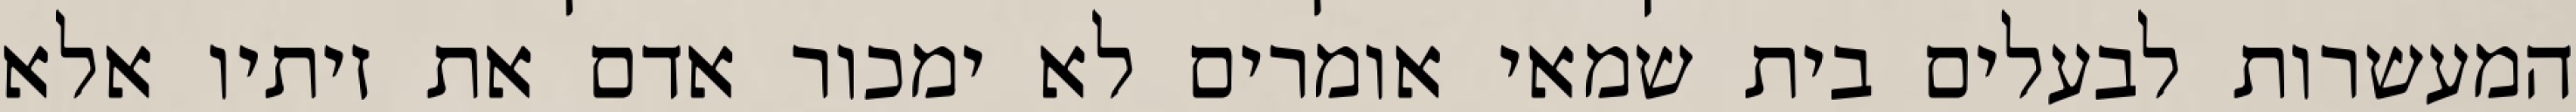
המעשרות לבעלים בית שמאי אומרים לא ימכור אדם את זיתיו אלא